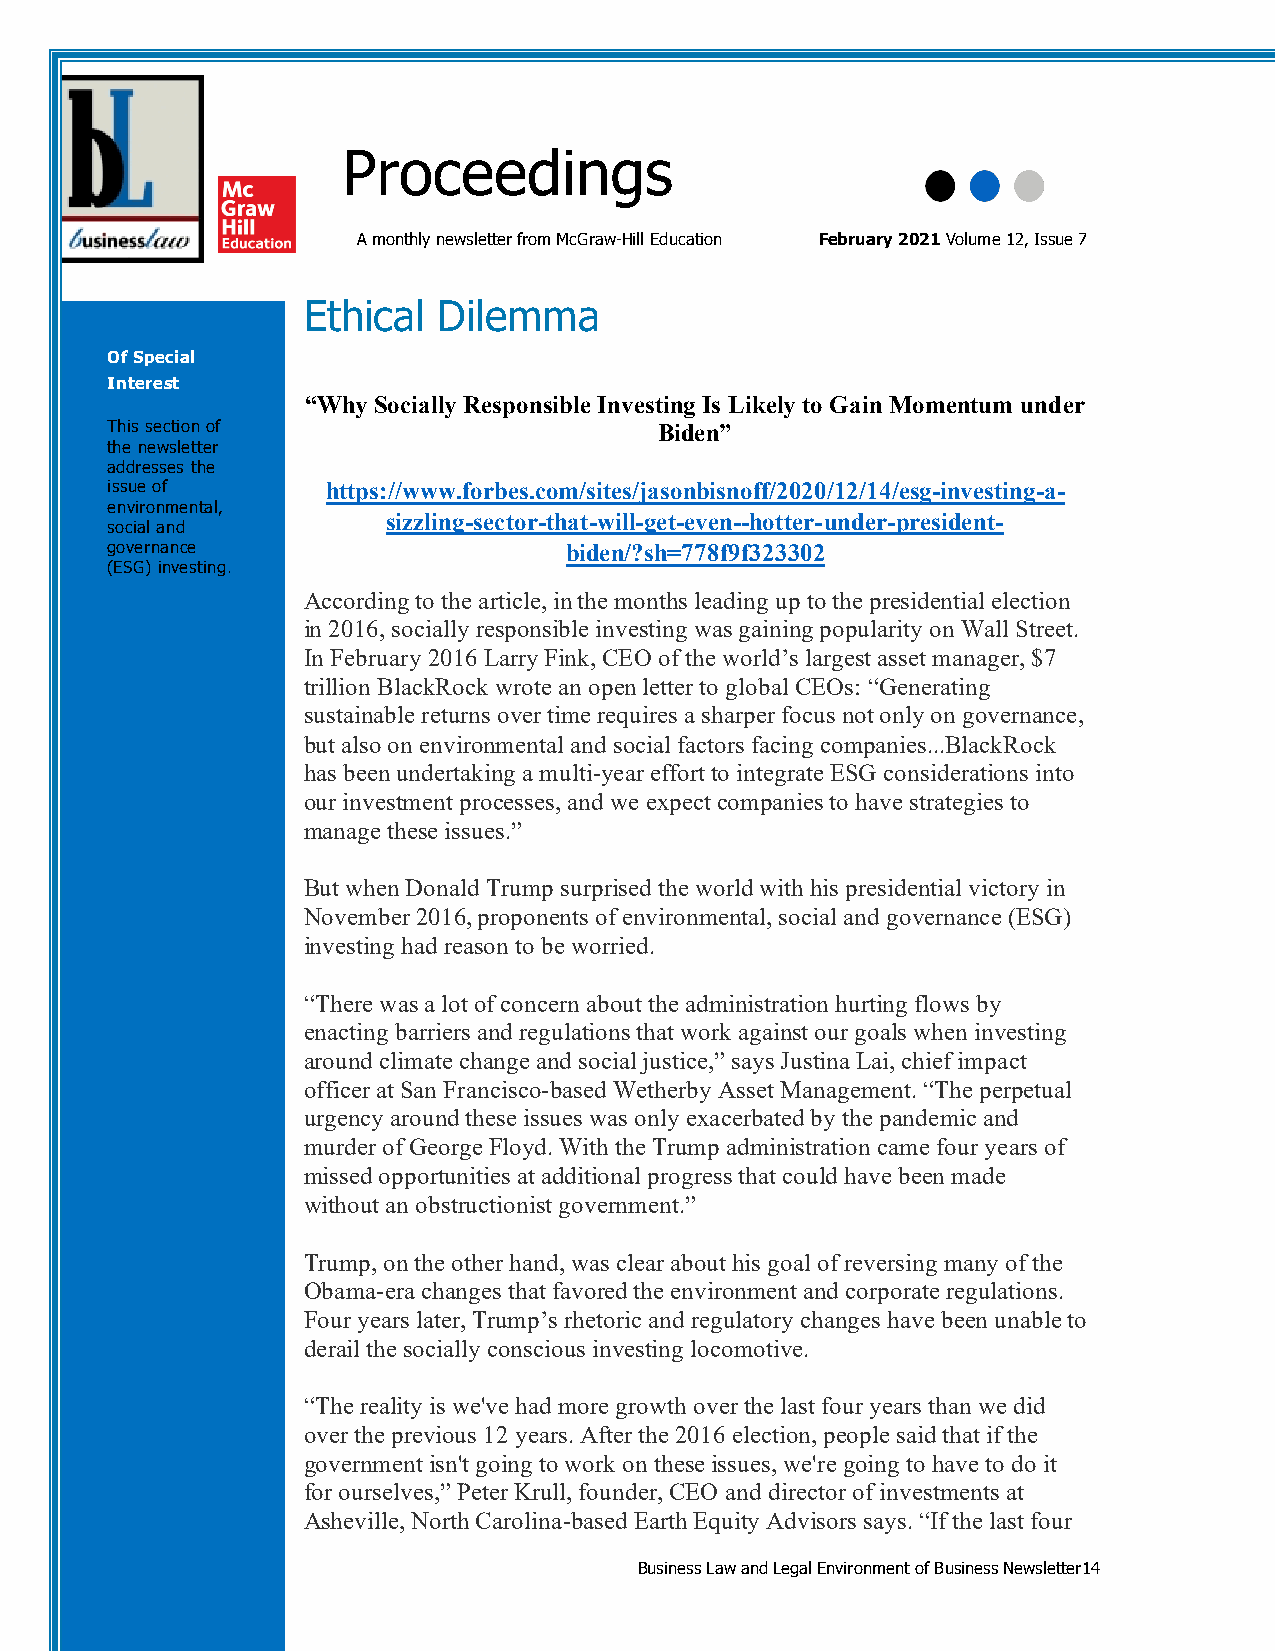
Proceedings
 A monthly newsletter from McGraw-Hill Education February 2021 Volume 12, Issue 7
 Ethical  Dilemma
 Of Special
 Interest
 “Why Socially Responsible Investing Is Likely to Gain Momentum under
 This section of                      Biden”
 the newsletter
 addresses the
 issue of       https://www.forbes.com/sites/jasonbisnoff/2020/12/14/esg-investing-a-
 environmental,
 sizzling-sector-that-will-get-even--hotter-under-president-
 social and
 governance                    biden/?sh=778f9f323302
 (ESG) investing.
 According to the article, in the months leading up to the presidential election
 in 2016, socially responsible investing was gaining popularity on Wall Street.
 In February 2016 Larry Fink, CEO of the world’s largest asset manager, $7
 trillion BlackRock wrote an open letter to global CEOs: “Generating
 sustainable returns over time requires a sharper focus not only on governance,
 but also on environmental and social factors facing companies...BlackRock
 has been undertaking a multi-year effort to integrate ESG considerations into
 our investment processes, and we expect companies to have strategies to
 manage these issues.”
 But when Donald Trump surprised the world with his presidential victory in
 November 2016, proponents of environmental, social and governance (ESG)
 investing had reason to be worried.
 “There was a lot of concern about the administration hurting flows by
 enacting barriers and regulations that work against our goals when investing
 around climate change and social justice,” says Justina Lai, chief impact
 officer at San Francisco-based Wetherby Asset Management. “The perpetual
 urgency around these issues was only exacerbated by the pandemic and
 murder of George Floyd. With the Trump administration came four years of
 missed opportunities at additional progress that could have been made
 without an obstructionist government.”
 Trump, on the other hand, was clear about his goal of reversing many of the
 Obama-era changes that favored the environment and corporate regulations.
 Four years later, Trump’s rhetoric and regulatory changes have been unable to
 derail the socially conscious investing locomotive.
 “The reality is we've had more growth over the last four years than we did
 over the previous 12 years. After the 2016 election, people said that if the
 government isn't going to work on these issues, we're going to have to do it
 for ourselves,” Peter Krull, founder, CEO and director of investments at
 Asheville, North Carolina-based Earth Equity Advisors says. “If the last four
 Business Law and Legal Environment of Business Newsletter14